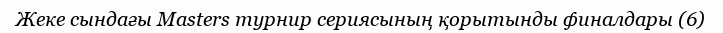
Жеке сындағы Masters турнир сериясының қорытынды финалдары (6)